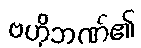
ဗဟိုဘဏ်၏